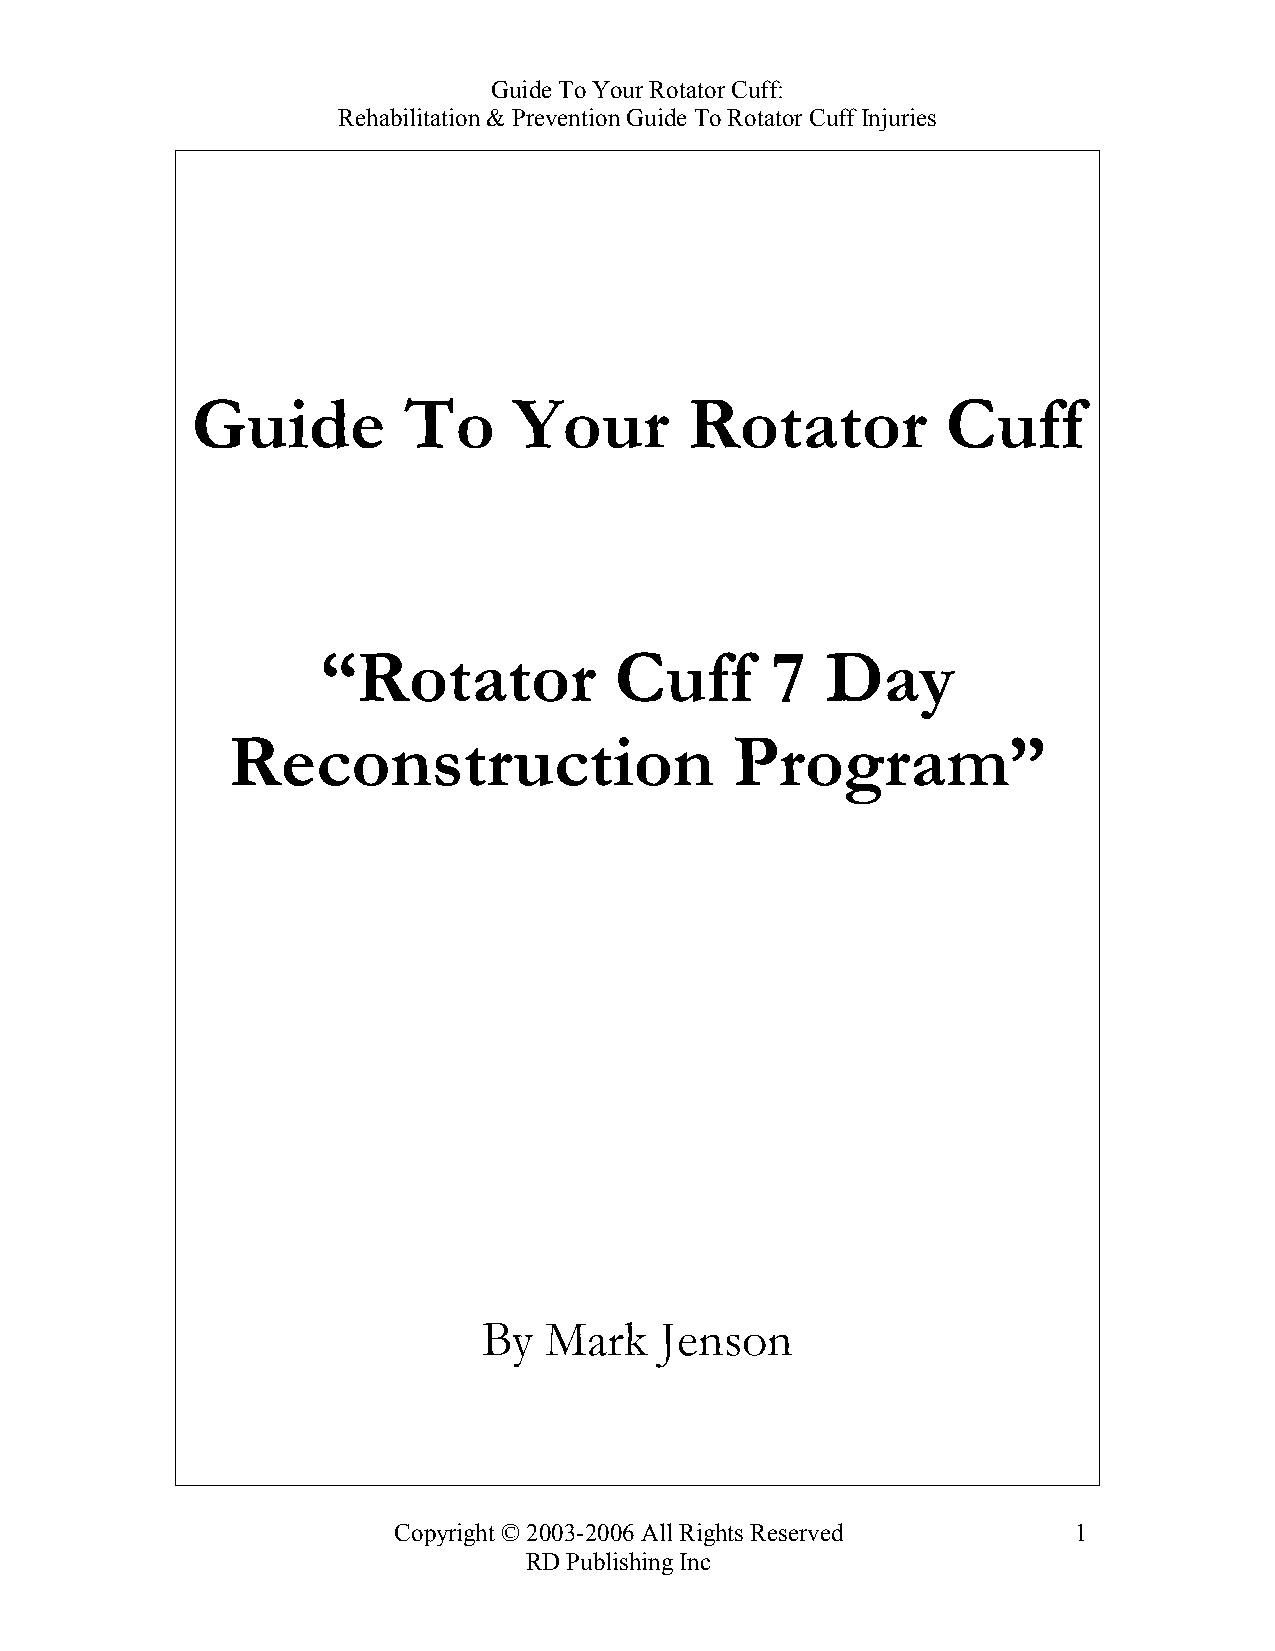
Guide To Your Rotator Cuff:
 Rehabilitation & Prevention Guide To Rotator Cuff Injuries
 Guide         To     Your        Rotator          Cuff
 “Rotator            Cuff      7   Day
 Reconstruction                    Program”
 By  Mark    Jenson
 Copyright © 2003-2006 All Rights Reserved    1
 RD Publishing Inc